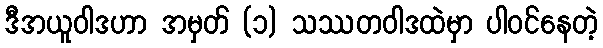
ဒီအယူဝါဒဟာ အမှတ် (၁) သဿတဝါဒထဲမှာ ပါဝင်နေတဲ့